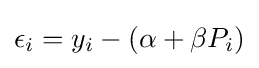
\epsilon _{i}=y_{i}-(\alpha +\beta P_{i})